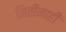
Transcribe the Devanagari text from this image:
मितींनाही